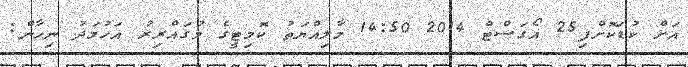
އަށް ކުޑަކޮށްފި25 އޯގަސްޓް 2014 14:50 މާލިއްޔަތު ކޮމިޓީގެ މުގައްރިރު އަހުމަދު ނިހާން: